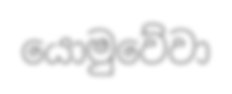
යොමුවේවා